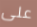
على